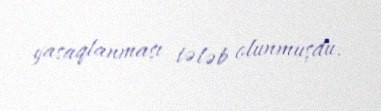
yasaqlanması tələb olunmuşdu.